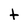
Character: t